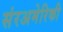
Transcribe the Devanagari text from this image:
संरअमेरिकी